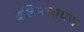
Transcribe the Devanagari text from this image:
बलिनारायण